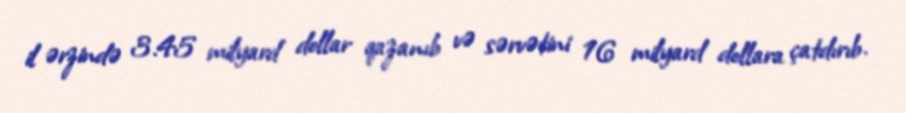
il ərzində 3.45 milyard dollar qazanıb və sərvətini 16 milyard dollara çatdırıb.